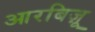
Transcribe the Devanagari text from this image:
आरबिज़ू